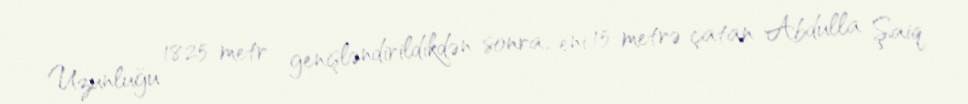
Uzunluğu 1825 metr genişləndirildikdən sonra, eni 15 metrə çatan Abdulla Şaiq